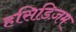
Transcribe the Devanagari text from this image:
हसिडिज़म